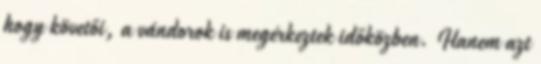
hogy követői, a vándorok is megérkeztek időközben. Hanem azt